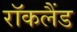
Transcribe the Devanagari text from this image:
रॉकलैंड